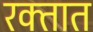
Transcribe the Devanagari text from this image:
रक्‍तात